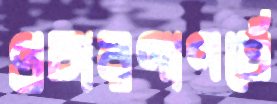
প্রচারণাপর্বে